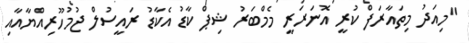
"މިއަދު މިތައާރަފް ކުރީ އޮނަރަރީ މެމްބަރު ޝިޕް ކާޑު އެކާޑު ރައީސުލް ޖުމުހޫރިއްޔާއާއި